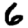
Digit: 6